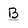
Character: B